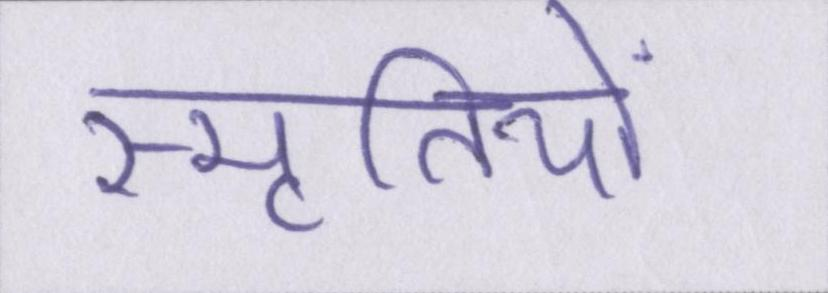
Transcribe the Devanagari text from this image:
स्मृतियों